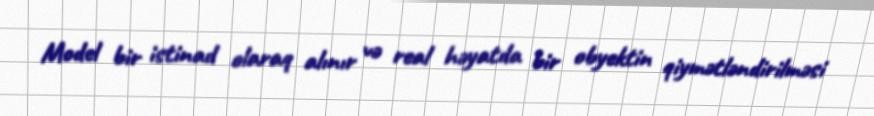
Model bir istinad olaraq alınır və real həyatda bir obyektin qiymətləndirilməsi